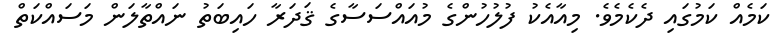
ކަމެއް ކަމުގައި ދެކެމެވެ. މިއާއެކު ފުލުހުންގެ މުއައްސަސާގެ ޤަދަރާ ހައިބަތު ނައްތާލަން މަސައްކަތް